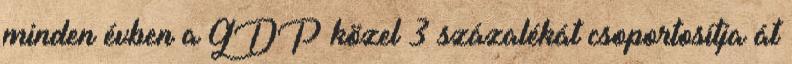
minden évben a GDP közel 3 százalékát csoportosítja át